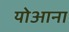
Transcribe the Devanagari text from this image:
योआना